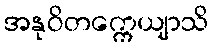
အနုဝိတက္ကေယျာသိ